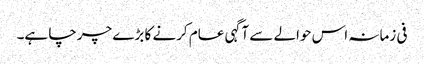
فی زمانہ اس حوالے سے آگہی عام کرنے کا بڑے چرچا ہے۔